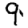
Digit: 9